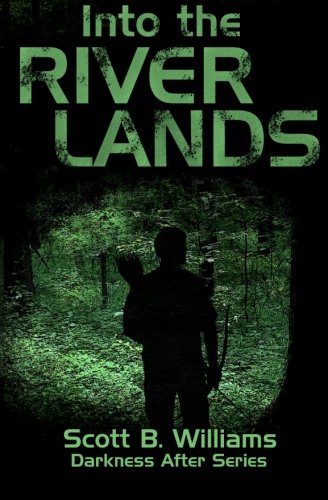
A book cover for Into the River Lands (Darkness After Series) (Volume 2); Scott B. Williams; Science Fiction & Fantasy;